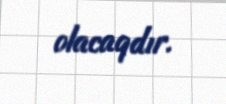
olacaqdır.